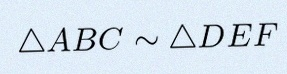
\triangle ABC\sim\triangle DEF